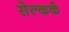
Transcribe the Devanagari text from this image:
सेल्कर्क